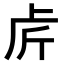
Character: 𠧣